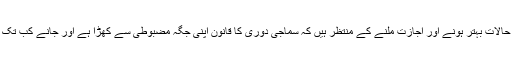
شہر بھر کے ریسٹورینٹ اپنے آدھے میز اور کرسیاں و صوفے الٹا کیے ابھی تک حالات بہتر ہونے اور اجازت ملنے کے منتظر ہیں کہ سماجی دُوری کا قانون اپنی جگہ مضبوطی سے کھڑا ہے اور جانے کب تک کھڑا رہے البتہ اب بچوں اور بوڑھوں سمیت سب کو ہر جگہ جانے کی اجازت ہے۔